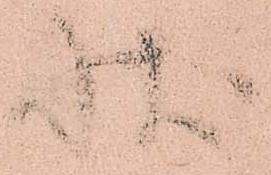
状